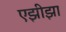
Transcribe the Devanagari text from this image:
एझीझा